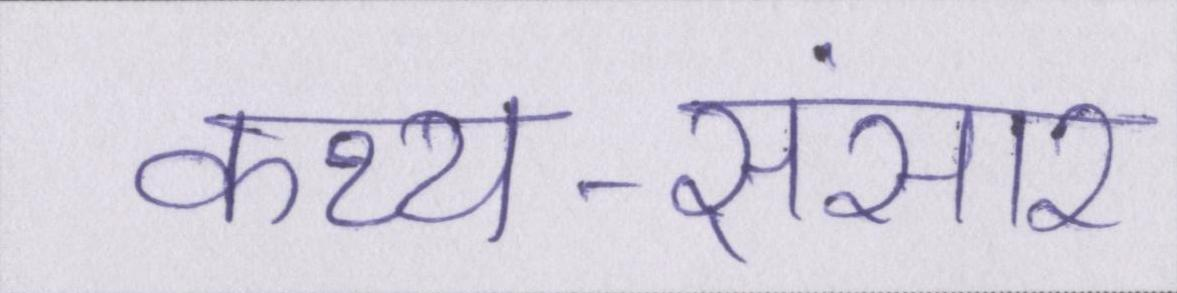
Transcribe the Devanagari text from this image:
कथ्य-संसार